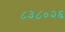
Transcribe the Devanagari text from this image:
८३८०२६